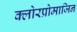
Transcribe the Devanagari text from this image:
क्लोरप्रोमाजिन